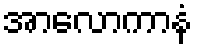
အာလောကာနံ